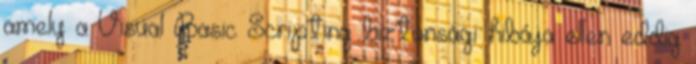
amely a Visual Basic Scripting biztonsági hibája ellen eddig